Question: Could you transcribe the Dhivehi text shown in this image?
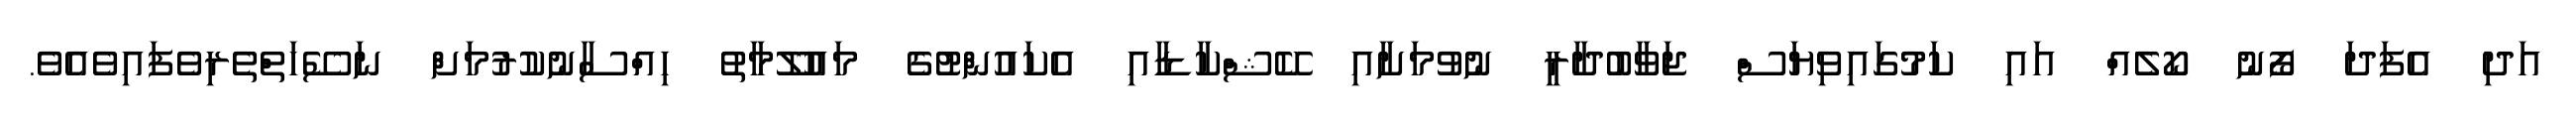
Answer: އަދި އެފަދަ ފޯނު ކޯލެއް އައި ކަމުގައިވިޔަސް ޖަވާބުދާރީ ނުވުމަށާއި ކޭޝްކާޑާއި އެކައުންޓުގެ މައުލޫމާތު ހިއްސާނުކުރުމަށް ނަސޭހަތްތެރިވެފައިވެއެވެ.